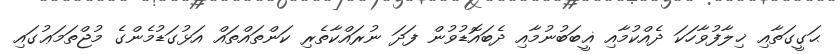
ޙަގީގަތާއި ޚިލާފުވާހަކަ ދެއްކުމާއި ޣީބަބުނުމާއި ދެބައޮޑުވުން ފަދަ ނުރައްކާތެރި ކަންތައްތައް އަޅުގަޑުމެންގެ މުޖްތަމަޢުގައި